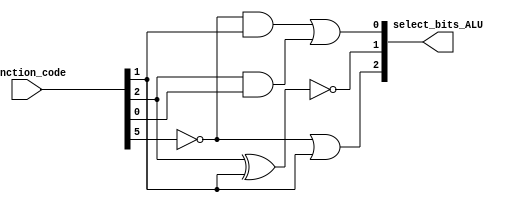
module ALU_Control(select_bits_ALU, function_code);
	input [5:0] function_code;
	output [2:0] select_bits_ALU;

	wire notF5;
	not (notF5, function_code[5]);
	or (select_bits_ALU[2], notF5, function_code[1]);

	xnor (select_bits_ALU[1] ,function_code[2], function_code[1]);

	wire temp_1, temp_2;
	and (temp_1, notF5, function_code[1]);
	and (temp_2, function_code[2], function_code[0]);

	or (select_bits_ALU[0], temp_1, temp_2);

endmodule